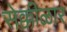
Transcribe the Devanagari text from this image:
सेक्कीळार